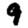
Digit: 9